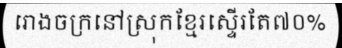
រោងចក្រនៅស្រុកខ្មែរស្ទើរតែ៧០%